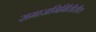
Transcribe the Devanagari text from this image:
समाजनिर्मितीतील